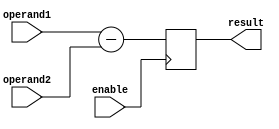
module subtractor (
    input [3:0] operand1, // Input operand 1
    input [3:0] operand2, // Input operand 2
    input enable,         // Control signal to activate subtraction
    output reg [3:0] result // Output result
);

always @ (posedge enable) begin
    result <= operand1 - operand2;
end

endmodule